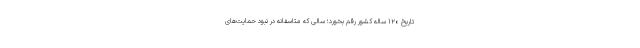
تاریخ ۱۲۰ ساله کشور رقم بخورد؛ سالی که متاسفانه در نبود حمایت‌های